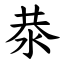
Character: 㳟